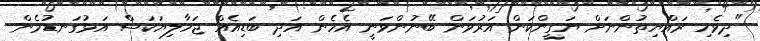
"ދިވެހި ރައްޔިތުންނަށް ޔަގީންކަން އަރުވަން ބޭނުންވަނީ އެހެން އަދި ބަޑިއެއް ޖަހާލިޔަކަސް އަޅުގަނޑުމެން